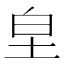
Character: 𭎊